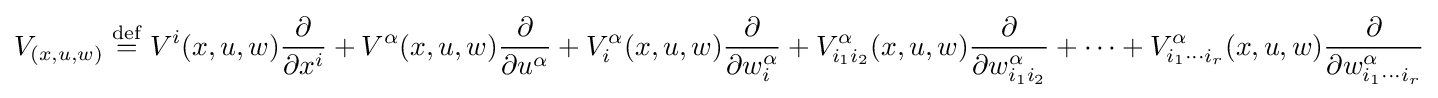
V_{(x,u,w)}\mathrel {\stackrel {\mathrm {def} }{=}} V^{i}(x,u,w){\frac {\partial }{\partial x^{i}}}+V^{\alpha }(x,u,w){\frac {\partial }{\partial u^{\alpha }}}+V_{i}^{\alpha }(x,u,w){\frac {\partial }{\partial w_{i}^{\alpha }}}+V_{i_{1}i_{2}}^{\alpha }(x,u,w){\frac {\partial }{\partial w_{i_{1}i_{2}}^{\alpha }}}+\cdots +V_{i_{1}\cdots i_{r}}^{\alpha }(x,u,w){\frac {\partial }{\partial w_{i_{1}\cdots i_{r}}^{\alpha }}}